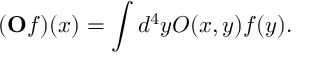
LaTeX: ( \mathbf O f ) ( x ) = \int d ^ { 4 } y O ( x , y ) f ( y ) .